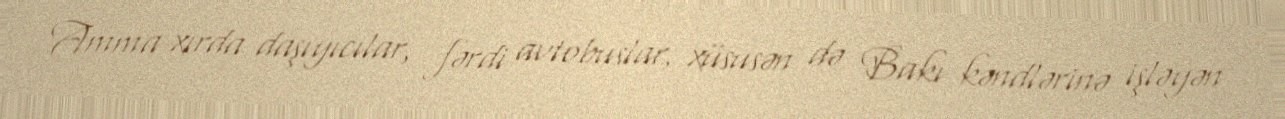
Amma xırda daşıyıcılar, fərdi avtobuslar, xüsusən də Bakı kəndlərinə işləyən